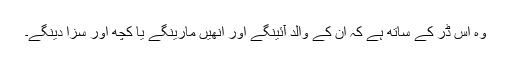
وہ اس ڈر کے ساتھ ہے کہ ان کے والد آئینگے اور انھیں مارینگے یا کچھ اور سزا دینگے۔